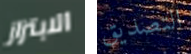
الابتزاز التصديق